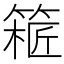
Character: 𥱝